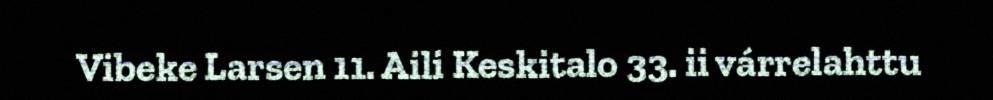
Vibeke Larsen 11. Aili Keskitalo 33. ii várrelahttu